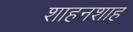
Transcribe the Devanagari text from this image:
शाहनशाह